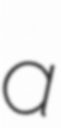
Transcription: a